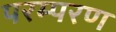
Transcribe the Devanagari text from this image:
परम्परण